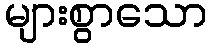
များစွာသော